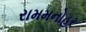
રામમનોહર